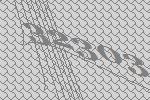
32303